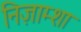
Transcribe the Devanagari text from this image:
निज़ाम्शा